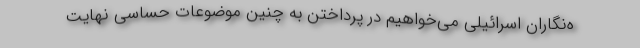
ه‌نگاران اسرائیلی می‌خواهیم در پرداختن به چنین موضوعات حساسی نهایت